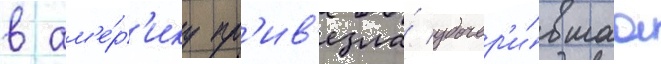
в ам'е́р'ику пр'ив'езла́ удочер'и́вшаа